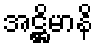
အဋ္ဌိမာနိ